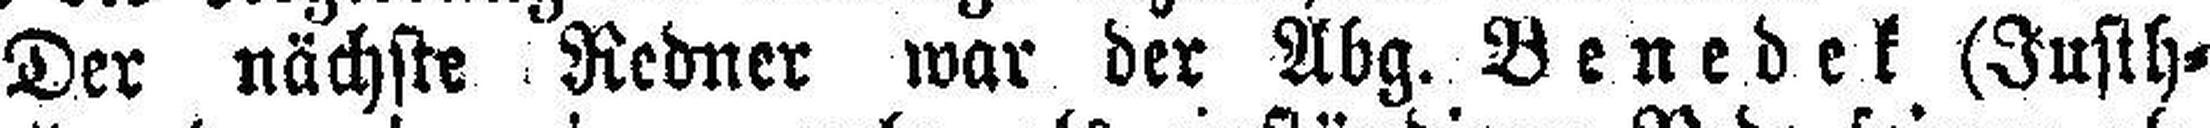
Der nächste Redner war der Abg. Benedek (Justh=